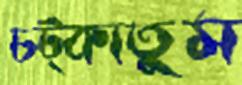
চট্‌কাতুম